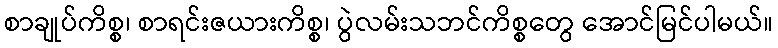
စာချုပ်ကိစ္စ၊ စာရင်းဇယားကိစ္စ၊ ပွဲလမ်းသဘင်ကိစ္စတွေ အောင်မြင်ပါမယ်။